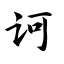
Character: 诃